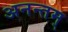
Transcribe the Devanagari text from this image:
अनन्तम्